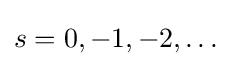
s=0,-1,-2,\dots